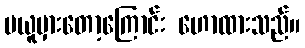
မယူမှားတော့ကြောင်း ဟောထားသည်။